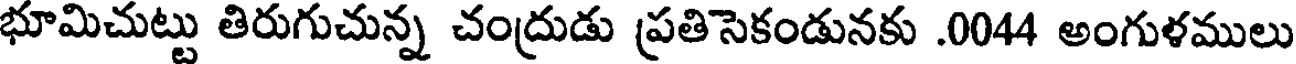
భూమిచుట్టు తిరుగుచున్న చంద్రుడు ప్రతిసెకండునకు .0044 అంగుళములు